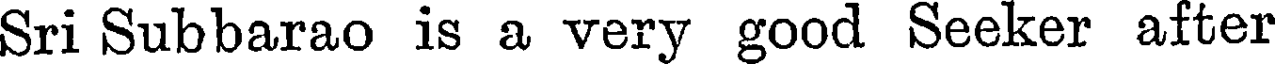
Sri Subbarao is a very good Seeker after